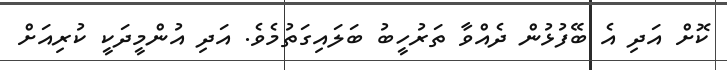
ކޮށް އަދި އެ ބޭފުޅުން ދެއްވާ ތަރުހީބު ބަލައިގަތުމެވެ. އަދި އުންމީދަކީ ކުރިއަށް